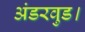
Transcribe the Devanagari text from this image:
अंडरवुड।